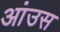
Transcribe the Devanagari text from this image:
आंउस